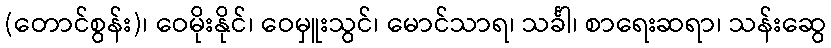
(တောင်စွန်း)၊ ဝေမိုးနိုင်၊ ဝေမှူးသွင်၊ မောင်သာရ၊ သင်္ခါ၊ စာရေးဆရာ၊ သန်းဆွေ